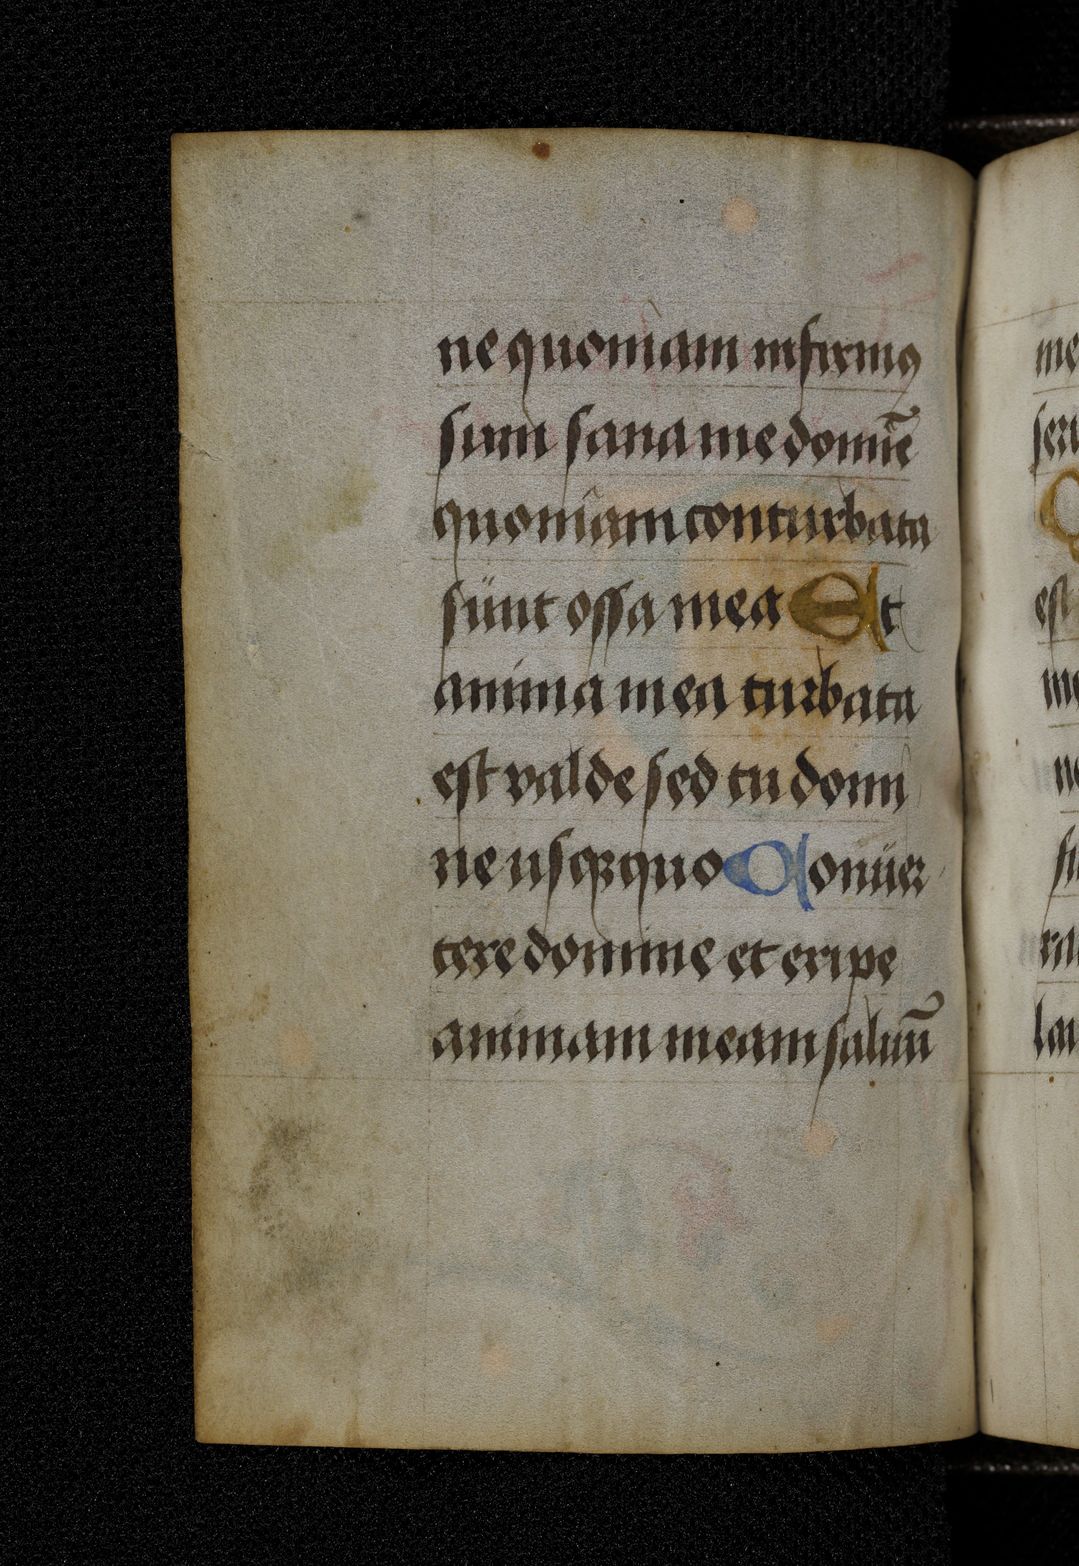
Shelfmark: Berlin, Staatsbibliothek, Germ. Oct. 511
Century: 15